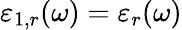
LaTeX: \varepsilon_{1,r}(\omega)=\varepsilon_{r}(\omega)